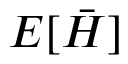
E [ \bar { H } ]